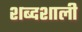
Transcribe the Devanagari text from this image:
शब्दशाली